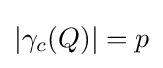
\vert \gamma _{c}(Q)\vert =p